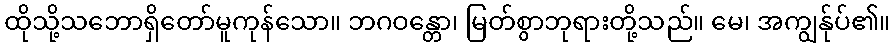
ထိုသို့သဘောရှိတော်မူကုန်သော။ ဘဂဝန္တော၊ မြတ်စွာဘုရားတို့သည်။ မေ၊ အကျွန်ုပ်၏။